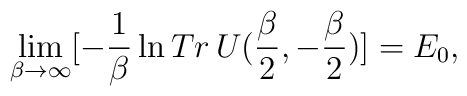
\lim_{\beta\to\infty}[-\frac{1}{\beta}\ln Tr\,U(\frac{\beta}{2},-\frac{\beta}{2})]=E_0,